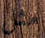
مثل